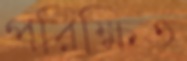
পরিক্ষিত